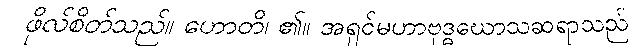
ဖိုလ်စိတ်သည်။ ဟောတိ၊ ၏။ အရှင်မဟာဗုဒ္ဓဃောသဆရာသည်